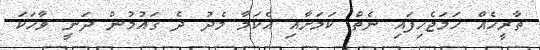
ތާރީހެއް ހަމަޖެހިފައި ނެތް ކަަމަށާއި އެކަމާ މެދު ދެ ގައުމުން ދަނީ ވާހަކަ